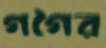
গগৈর